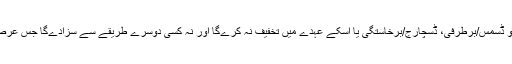
پراونشل ایممپلائیز سوشل سیکیورٹی آرڈیننس کے تحت کوئی آجر بھی کسی ایسے ملازم کو ڈسمس/برطرفی، ڈسچارج/برخاستگی یا اسکے عہدے میں تخفیف نہ کرےگا اور نہ کسی دوسرے طریقے سے سزادےگا جس عرصے کے دوران وہ ملازم انتفاع بیماری/زچگی، انجری بینیفٹ یا طبی دیکھ بھال لے رہا ہو۔